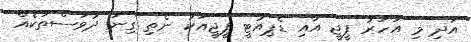
އަދި މި އަހަރު ޕީޖީ އާއި ޑެޕިއުޓީ ޕީޖީއަކު ނެތި ގިނަ ދުވަސްތަކެއް